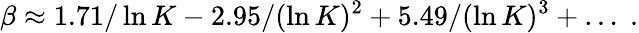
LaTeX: \beta\approx 1.71/\ln K-2.95/(\ln K)^{2}+5.49/(\ln K)^{3}+\ldots\; .